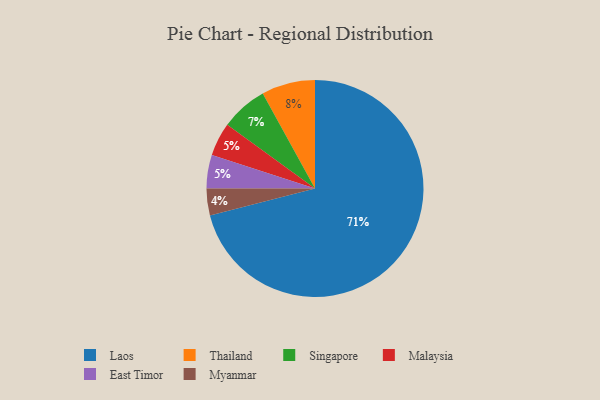
{"axis": {"x": "Category", "y": "Percentage"}, "legend": ["East Timor", "Laos", "Malaysia", "Myanmar", "Singapore", "Thailand"], "data": [{"x": "Malaysia", "y": 5, "type": "Malaysia"}, {"x": "East Timor", "y": 5, "type": "East Timor"}, {"x": "Thailand", "y": 8, "type": "Thailand"}, {"x": "Singapore", "y": 7, "type": "Singapore"}, {"x": "Laos", "y": 71, "type": "Laos"}, {"x": "Myanmar", "y": 4, "type": "Myanmar"}]}